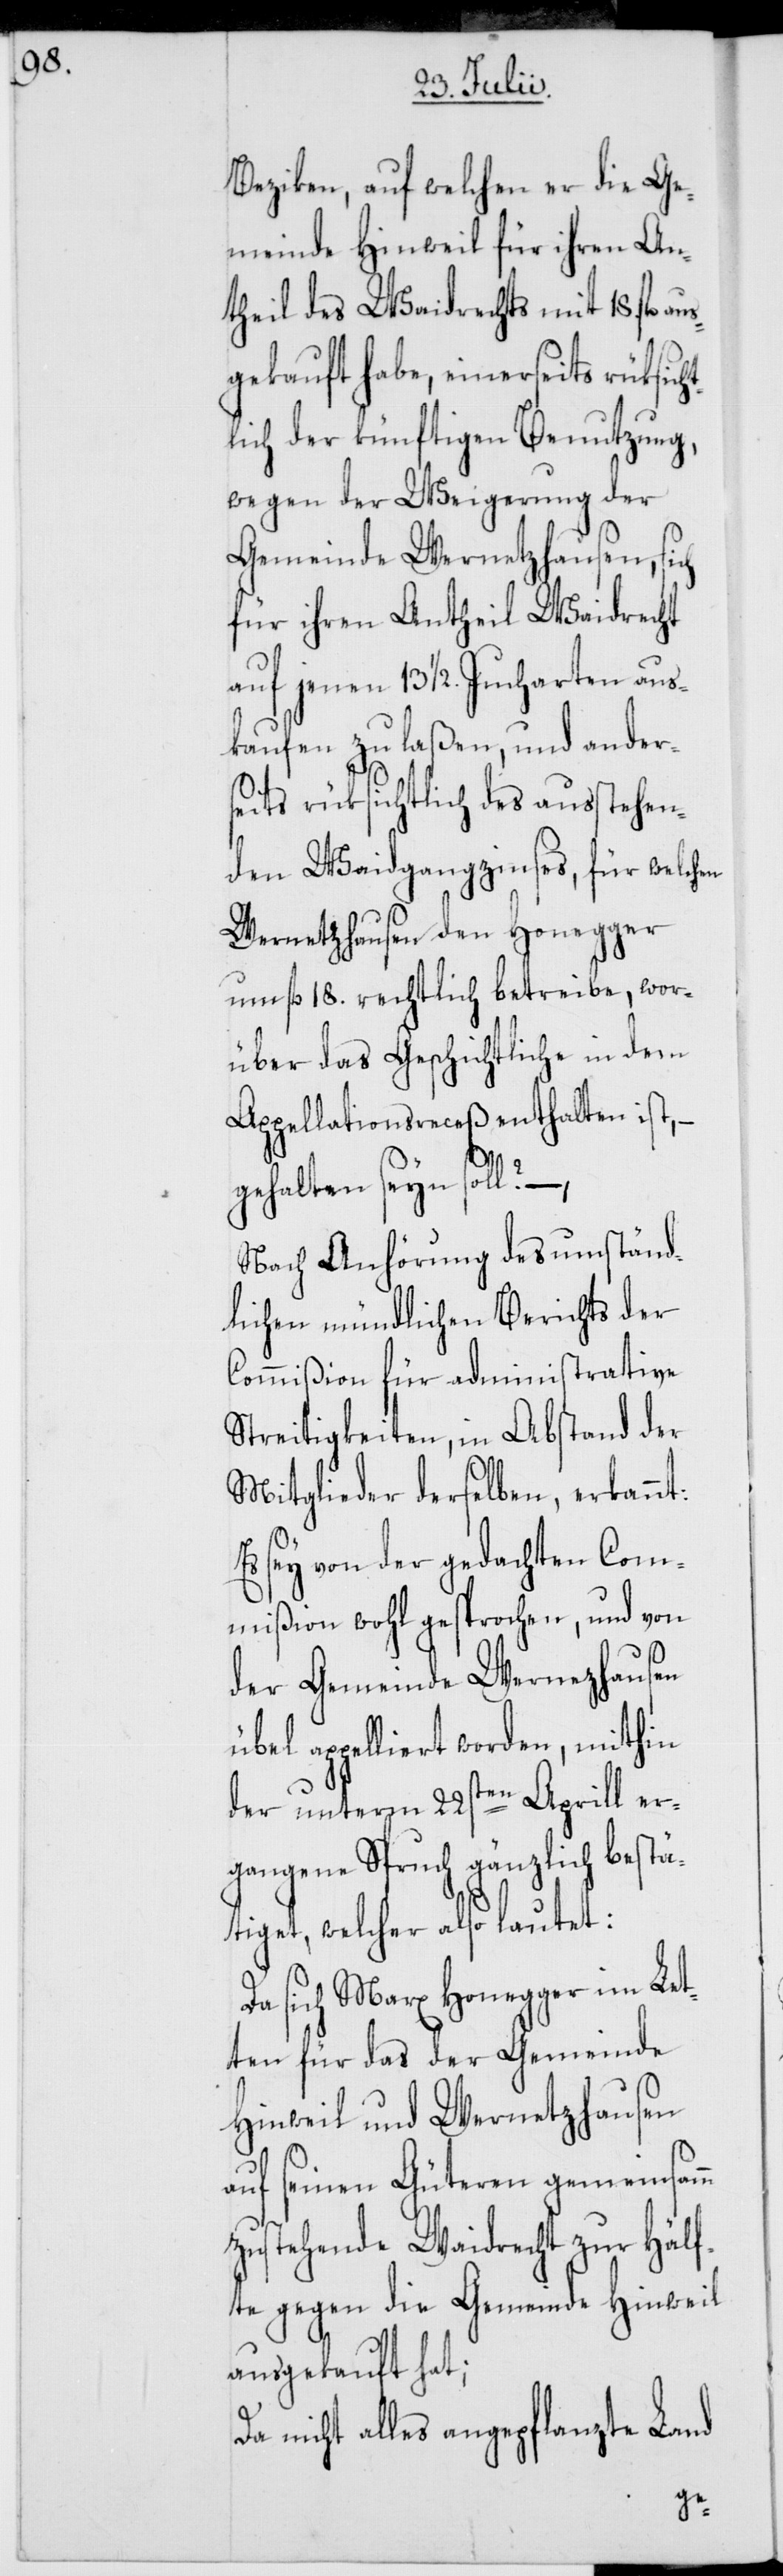
Beziken, auf welchen er die Ge¬
meinde Hinweil für ihren An¬
theil des Waidrechts mit 18 fl. au¬
sgekauft habe, einerseits rüksic¬
lich der künftigen Benutzung,
wegen der Weigerung der
Gemeinde Wernetzhausen, sich
für ihren Antheil Waidrecht
auf jenen 13 1/2. Jucharten aus¬
kaufen zu laßen, und ander¬
seits rüksichtlich des ausstehen¬
den Waidgangszinses, für welchen
Wernetzhausen den Honegger
um fl. 18. rechtlich betreibe, wor¬
über das Geschichtliche in dem
Appellationsreceß enthalten ist,
gehalten seyn soll? –,
Nach Anhörung des umständ¬
lichen mündlichen Berichts der
Commißion für administrative
Streitigkeiten, in Abstand der
Mitglieder derselben, erkannt:
Es sey von der gedachten Com¬
mißion wohl gesprochen, und von
der Gemeinde Wernezhausen
übel appelliert worden, mithin
der unterm 22sten Aprill er¬
gangene Spruch gänzlich bestä¬
tiget, welcher also lautet:
Da sich Marx Honegger im Let¬
ten für das der Gemeinde
Hinweil und Wernetzhausen
auf seinen Güteren gemeinsamm
zustehende Waidrecht zur Hälf¬
te gegen die Gemeinde Hinweil
ausgekauft hat;
Da nicht alles angepflanzte Land
ht¬